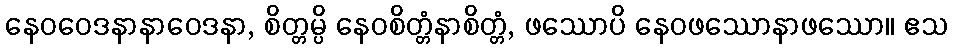
နေဝဝေဒနာနာဝေဒနာ, စိတ္တမ္ပိ နေဝစိတ္တံနာစိတ္တံ, ဖဿောပိ နေဝဖဿောနာဖဿော။ ဧသ